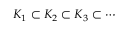
K _ { 1 } \subset K _ { 2 } \subset K _ { 3 } \subset \cdots